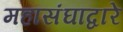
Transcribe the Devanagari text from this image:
महासंघाद्वारे